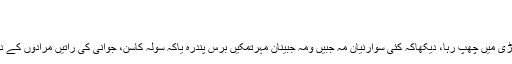
ص۵۴
ایک اوراقتباس:
’’عَمروایک جھاڑی میں چھپ رہا، دیکھاکہ کئی سوارنیانِ مہ جبیں ومہ جبینانِ مِہرتمکیں برس پندرہ یاکہ سولہ کاسن، جوانی کی راتیں مرادوں کے دن، چلی آتی ہیں۔